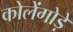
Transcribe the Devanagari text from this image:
कोलेंगोड़े